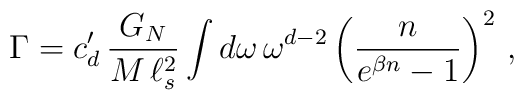
\Gamma = c'_d \, \frac{G_N}{M \, \ell_s^2} \int d \omega \, \omega^{d-2} \left( \frac{n}{e^{\beta n} - 1} \right)^2 \, ,